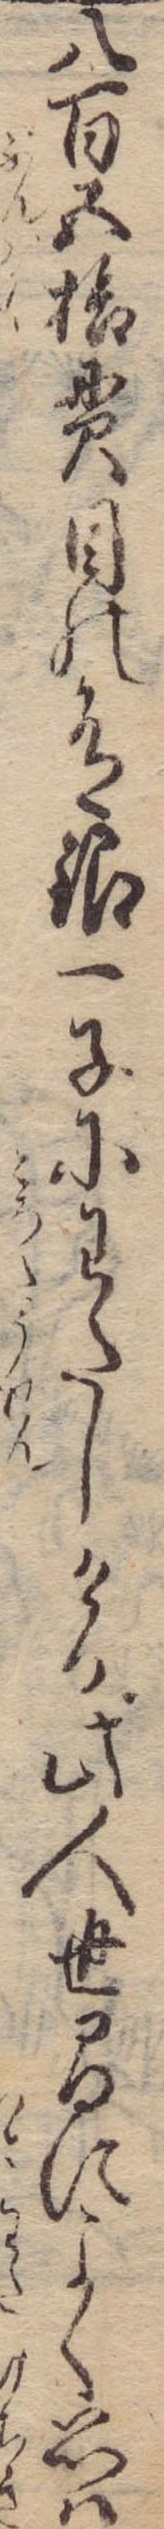
八百五拾貫目の有銀一子にわたしける此人世間によく思は